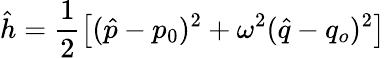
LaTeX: \hat{h}=\frac{1}{2}\left[(\hat{p}-p_{0})^{2}+\omega^{2}(\hat{q}-q_{o})^{2}\right]